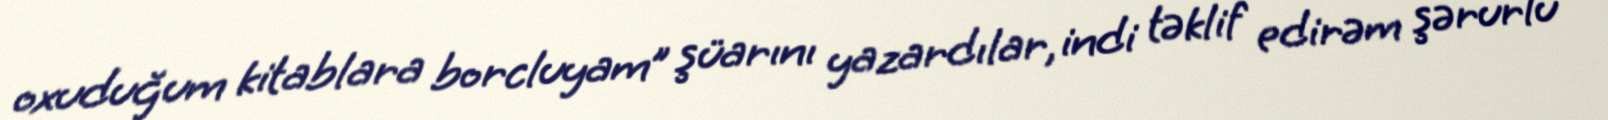
oxuduğum kitablara borcluyam” şüarını yazardılar, indi təklif edirəm şərurlu